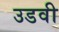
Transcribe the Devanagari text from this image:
उडवी